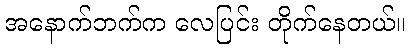
အနောက်ဘက်က လေပြင်း တိုက်နေတယ်။